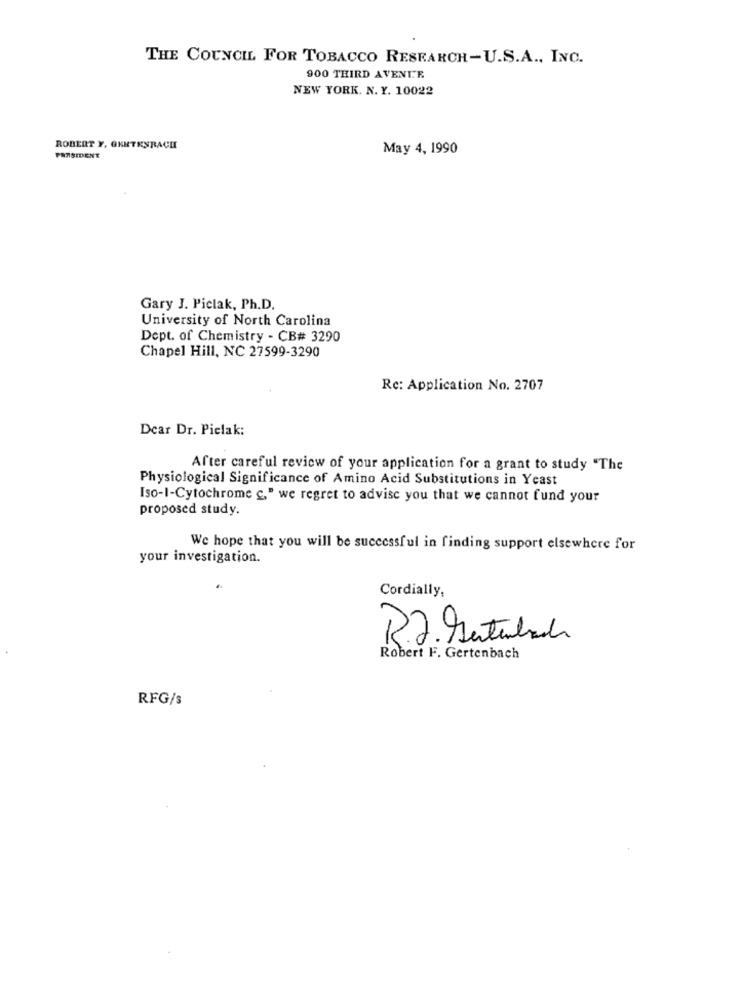
THE COUNCIL FOR TOBACCO RESEARCH-U.S.A ., INC.
900 THIRD AVENUE
NEW YORK. N. Y. 10022
ROBERT Y, OKETESRACHI
May 4, 1990
PARSIDENT
Gary J. Piclak, Ph.D.
University of North Carolina
Dept. of Chemistry - CB# 3290
Chapel Hill, NC 27599-3290
Re: Application No. 2707
Dear Dr. Pielak:
After careful review of your application for a grant to study "The
Physiological Significance of Amino Acid Substitutions in Yeast
Iso-1-Cytochrome c," we regret to advise you that we cannot fund your
proposed study.
We hope that you will be successful in finding support elsewhere for
your investigation.
Cordially,
R.J. Mentubach
Robert F. Gertenbach
RFG/s